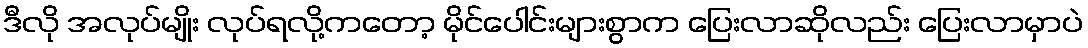
ဒီလို အလုပ်မျိုး လုပ်ရလို့ကတော့ မိုင်ပေါင်းများစွာက ပြေးလာဆိုလည်း ပြေးလာမှာပဲ